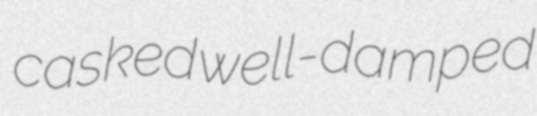
casked well-damped